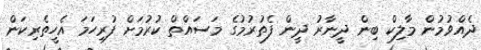
ދެއްވުމުން މާލިކް ބިން ދީނާރު ދީން ފެތުރުމުގެ މަސައްތް ކުރުމަށް ފުރިހަމަ އެހީތެރިކަން